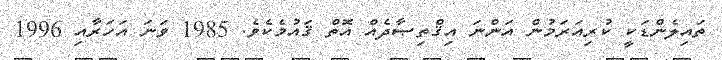
ތައިލެންޑަކީ ކުރިއަރަމުން އަންނަ އިޤްތިޞާދެއް އޮތް ޤައުމެކެވެ. 1985 ވަނަ އަހަރާއި 1996